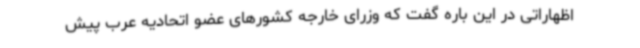
اظهاراتی در این باره گفت که وزرای خارجه کشورهای عضو اتحادیه عرب پیش